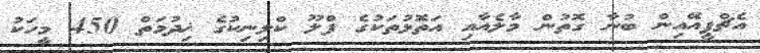
އެޗްޕީއޭއިން ބުނާ ގޮތުން މާލެއާއި އަތޮޅުތަކުގެ ފްލޫ ކްލިނިިކުގެ ޚިދުމަތް 450 މީހަކު